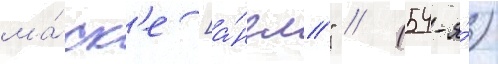
ма́ск'е [а́нгл." // (54-я́)